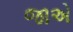
જાએ